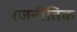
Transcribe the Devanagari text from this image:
रजनीतिक